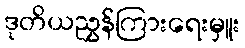
ဒုတိယညွှန်ကြားရေးမှူး